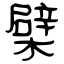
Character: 檗